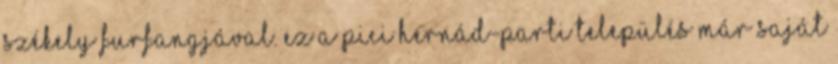
székely furfangjával. Ez a pici Hernád-parti település már saját